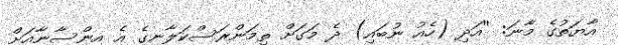
އާޔަތުގެ މާނަ: ''އަދި (ހެއު ނުބައި) ދެ މަގަށް ތިމަންރަސްކަލާނގެ އެ އިންސާނާއަށް